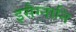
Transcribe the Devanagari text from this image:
इसैग्नानि